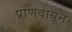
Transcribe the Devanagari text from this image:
प्राणवायूने